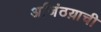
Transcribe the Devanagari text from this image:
अजिंठय़ाची